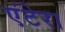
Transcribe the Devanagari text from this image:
एंटेरा